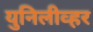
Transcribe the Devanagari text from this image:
युनिलीव्हर